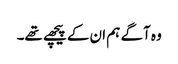
وہ آگے ہم ان کے پیچھے تھے۔